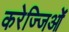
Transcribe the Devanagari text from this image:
करेज्जिओं